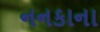
નનકાના